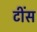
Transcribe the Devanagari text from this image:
टींस